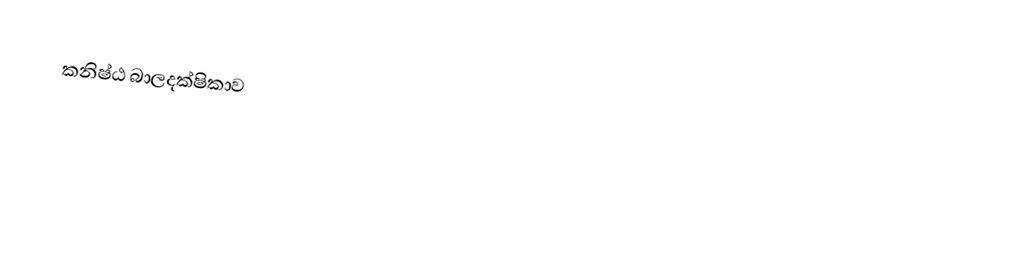
කනිෂ්ඨ බාලදක්ෂිකාව